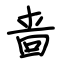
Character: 啬